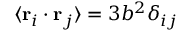
\langle \mathbf { r } _ { i } \cdot \mathbf { r } _ { j } \rangle = 3 b ^ { 2 } \delta _ { i j }